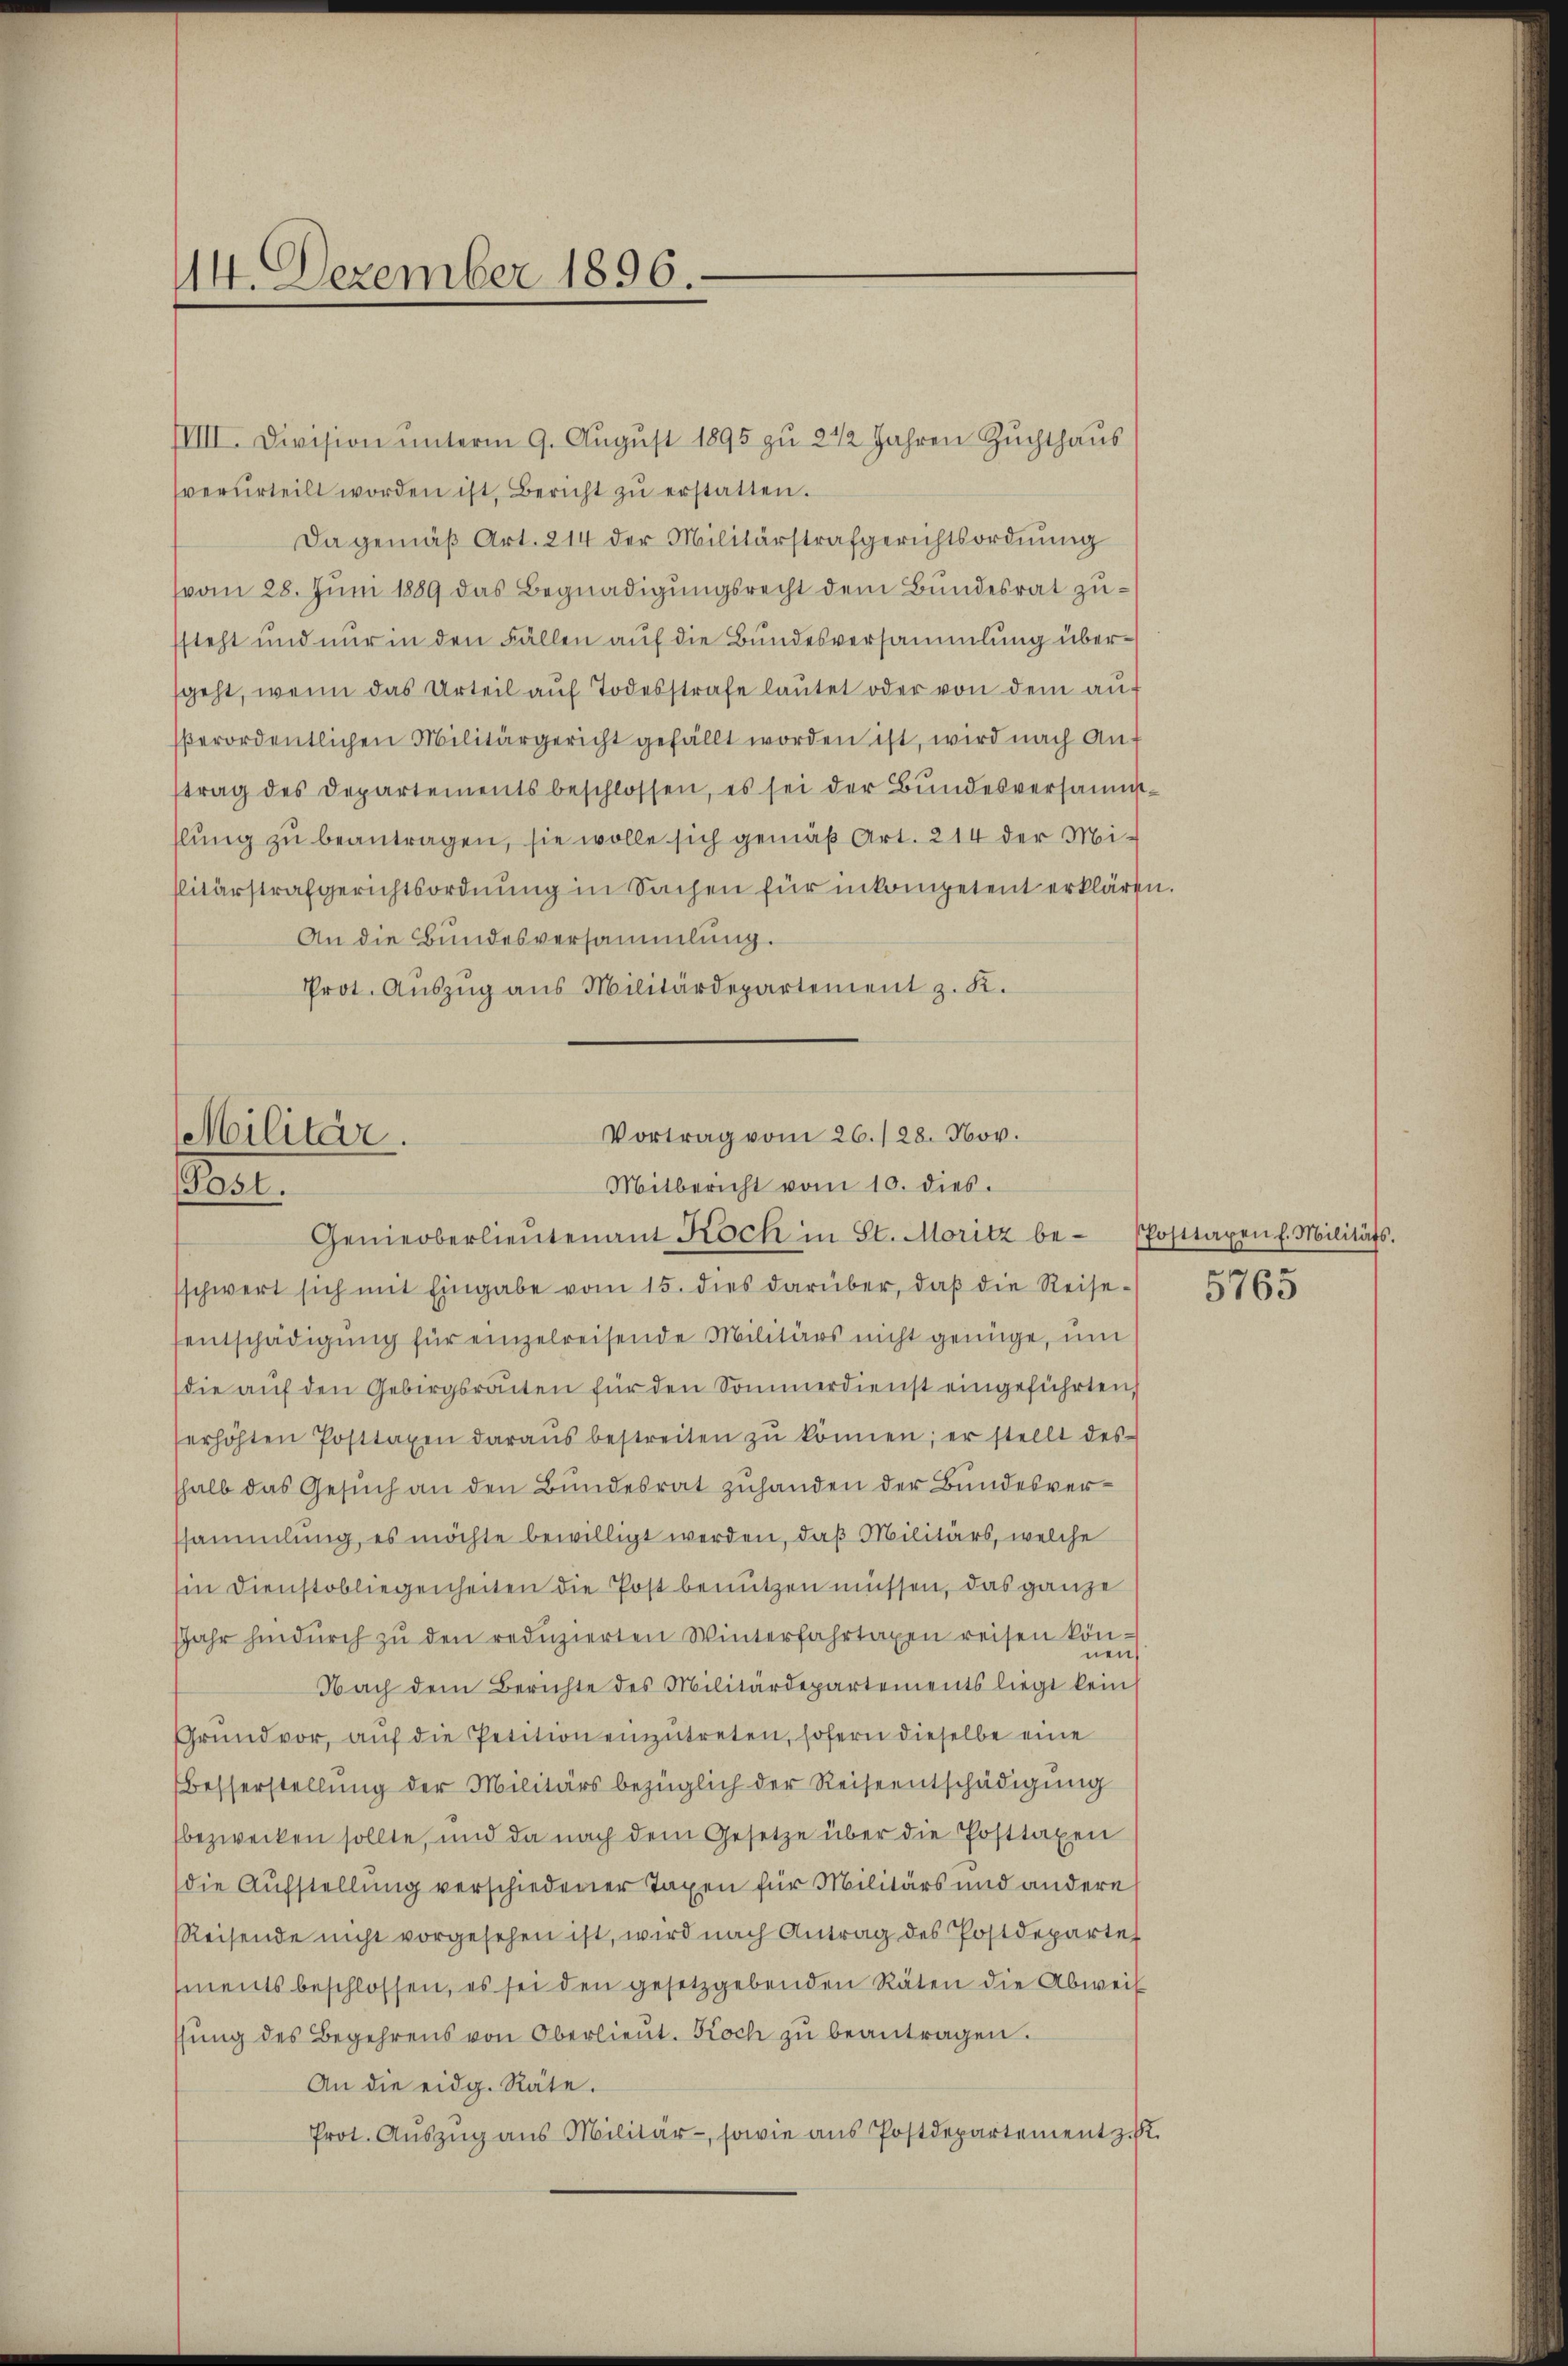
14. Dezember 1896.

IIIII. Division unterm 9. August 1895 zu 2 1/2 Jahren Zuchthaus
verurteilt worden ist, Bericht zŭ erstatten.
Da gemäß Art. 214 der Militärstrafgerichtsordnung
(vom 28. Juni 1889 das Begnadigungsrecht dem Bundesrat zussteht und nur in den Fällen auf die Bundesversammlung übersgeht, wenn das Urteil auf Todesstrafe lautet oder von dem auf
perordentlichen Militärgericht gefällt worden ist, wird nach Auf
trag des Departements beschlossen, es sei der Bŭndesversammslung zu beantragen, sie wolle sich gemäß Art. 214 der Militärstrafgerichtsordnung in Sachen für inkompetent erklären.
An die Bundesversammlung.
Prot. Aŭszŭg ans Militärdepartement z. K.

Vortrag vom 26./28. Nov.
Militär.
Mitbericht vom 10. dies.
(Post.
Genieoberlieŭtenant Koch in St. Moritz be-Posttaxen f. Militäts.

schwert sich mit Eingabe vom 15. dies darüber, daβ die Reise- 5765
entschädigung für einzelreisende Militärs nicht genüge, um
(die aŭf den Gebirgsraten für den Sommerdienst eingeführten
erhöhten Posttaxen daraŭs bestreiten zŭ können; er stellt des
shalb das Gesuch an den Bundesrat zuhanden der Bundesverssammlung, es möchte bewilligt werden, daß Militärs, welche
Ein Dienstobliegenheiten die Post benutzen müssen, das ganze
JJahr hindŭrch zŭ den redŭzierten Winterfahrtaxen reisen könien
Nach dem Berichte des Militärdepartements liegt kein
Grŭnd vor, aŭf die Petition einzŭtreten, sofern dieselbe eine
Besserstellung der Militärs bezüglich der Reiseentschädigung
bezwecken sollte, und da nach dem Gesetze über die Posttaxen
die Aufstellung verschiedener Taxen für Militärs und andere
Reisende nicht vorgesehen ist, wird nach Antrag des Postdeparte
ments beschlossen, es sei den gesetzgebenden Räten die Abweis
ssŭng des Begehrens von Oberlieŭt. Koch zŭ beantragen.
An die eidg. Räte.
Prot. Aŭszŭg ans Militär- sowie aus Postdepartement z.